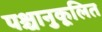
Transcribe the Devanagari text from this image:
पश्चानुकूलित